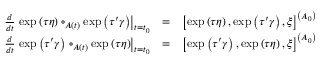
\begin{array} { r l r } { \frac { d } { d t } \left. \exp \left( \tau \eta \right) \circ _ { A \left( t \right) } \exp \left( \tau ^ { \prime } \gamma \right) \right\vert _ { t = t _ { 0 } } } & { = } & { \left[ \exp \left( \tau \eta \right) , \exp \left( \tau ^ { \prime } \gamma \right) , \xi \right] ^ { \left( A _ { 0 } \right) } } \\ { \frac { d } { d t } \left. \exp \left( \tau ^ { \prime } \gamma \right) \circ _ { A \left( t \right) } \exp \left( \tau \eta \right) \right\vert _ { t = t _ { 0 } } } & { = } & { \left[ \exp \left( \tau ^ { \prime } \gamma \right) , \exp \left( \tau \eta \right) , \xi \right] ^ { \left( A _ { 0 } \right) } } \end{array}